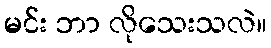
မင်း ဘာ လိုသေးသလဲ။